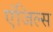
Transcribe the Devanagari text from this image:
एंजिल्स